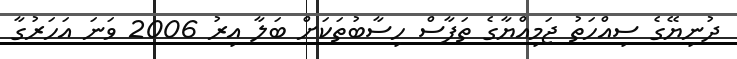
ދުނިޔޭގެ ސިއްހަތު ޖަމިއްޔާގެ ތަފާސް ހިސާބުތަކަށް ބަލާ އިރު 2006 ވަނަ އަހަރުގާ